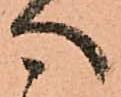
へ